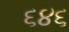
૬૪૬